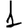
Digit: 1